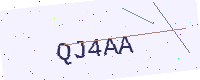
Text: QJ4AA